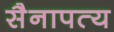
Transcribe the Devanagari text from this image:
सैनापत्य